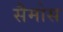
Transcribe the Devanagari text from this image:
सैमोस